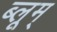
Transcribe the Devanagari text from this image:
ब्लूम्